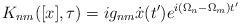
LaTeX: \begin{align*}K_{nm}([x], \tau) = i g_{nm} \dot{x}(t') e^{i(\Omega_n - \Omega_m)t'}\end{align*}